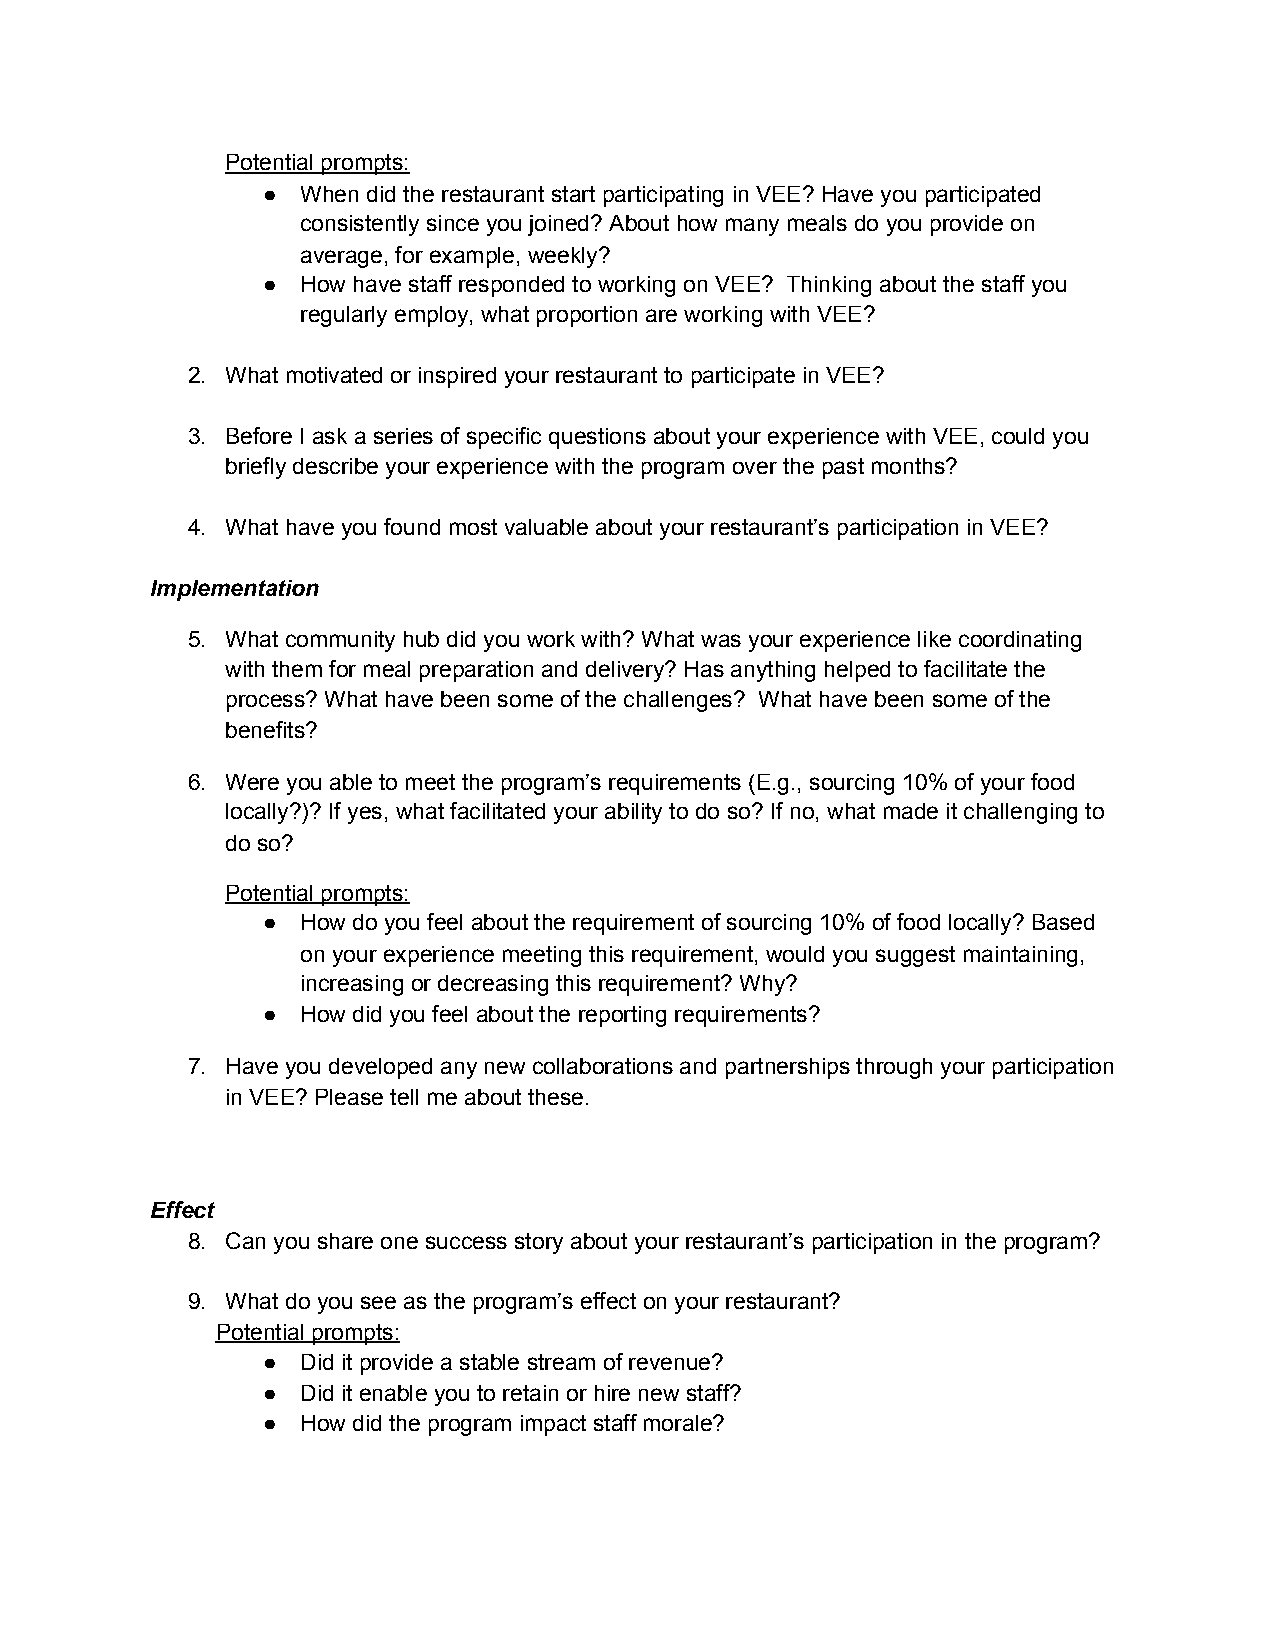
Potential prompts:
 ●  When did the restaurant start participating in VEE? Have you participated
 consistently since you joined? About how many meals do you provide on
 average, for example, weekly?
 ●  How have staff responded to working on VEE? Thinking about the staff you
 regularly employ, what proportion are working with VEE?
 2. What motivated or inspired your restaurant to participate in VEE?
 3. Before I ask a series of specific questions about your experience with VEE, could you
 briefly describe your experience with the program over the past months?
 4. What have you found most valuable about your restaurant’s participation in VEE?
 Implementation
 5. What community hub did you work with? What was your experience like coordinating
 with them for meal preparation and delivery? Has anything helped to facilitate the
 process? What have been some of the challenges? What have been some of the
 benefits?
 6. Were you able to meet the program’s requirements (E.g., sourcing 10% of your food
 locally?)? If yes, what facilitated your ability to do so? If no, what made it challenging to
 do so?
 Potential prompts:
 ●  How do you feel about the requirement of sourcing 10% of food locally? Based
 on your experience meeting this requirement, would you suggest maintaining,
 increasing or decreasing this requirement? Why?
 ●  How did you feel about the reporting requirements?
 7. Have you developed any new collaborations and partnerships through your participation
 in VEE? Please tell me about these.
 Effect
 8. Can you share one success story about your restaurant’s participation in the program?
 9. What do you see as the program’s effect on your restaurant?
 Potential prompts:
 ●  Did it provide a stable stream of revenue?
 ●  Did it enable you to retain or hire new staff?
 ●  How did the program impact staff morale?